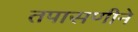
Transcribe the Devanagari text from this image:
तपासणीने